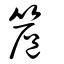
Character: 簄